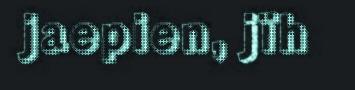
jaepien, jïh